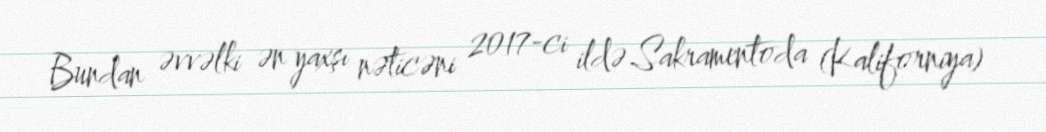
Bundan əvvəlki ən yaxşı nəticəni 2017-ci ildə Sakramentoda (Kaliforniya)